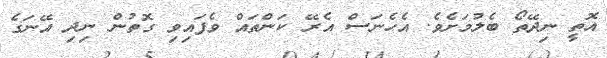
އޮތީ ނިދޭތޯ ބެލުމަށެވެ. އެހެނަސް އެރޭ ކަންތައް ވެފައިވި ގޮތުން ނިދި އޭނަގެ